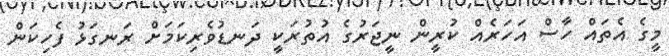
މީގެ އެތައް ހާސް އަހަރެއް ކުރީން ނީޖަރުގެ އުތުރަކީ ދަނޑުވެރިކަމަށް ރަނގަޅު ފެހިކަން